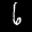
Label: 6